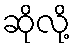
ဆိုလို့